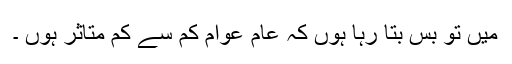
میں تو بس بتا رہا ہوں کہ عام عوام کم سے کم متاثر ہوں ۔